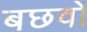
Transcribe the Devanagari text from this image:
बछवों